Civil Veterinary Dept. Bombay admin report 1893-99 - 1893-1899
Year: 1893
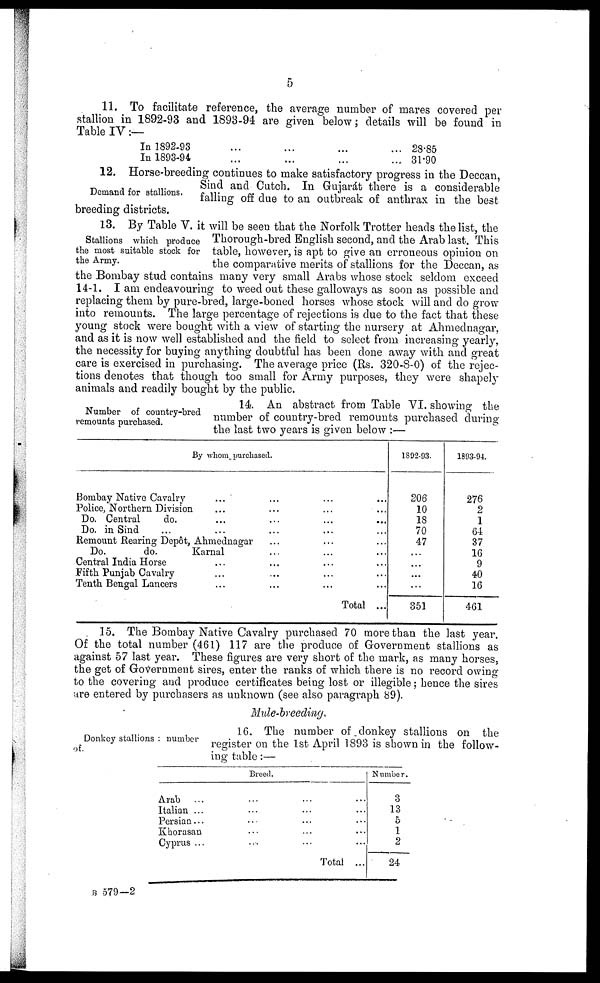
5
11. To facilitate reference, the average number of mares covered per
stallion in 1892-93 and 1893-94 are given below; details will be found in
Table IV:—
In 1892-93
...
...
...
...
In 1893-94
...
...
...
...
28.85
31.90
Demand for stallions.
12. Horse-breeding continues to make satisfactory progress in the Deccan,
Sind and Cutch. In Gujarát there is a considerable
falling off due to an outbreak of anthrax in the best
breeding districts.
Stallions which produce
the most suitable stock for
the Army.
13. By Table V. it will be seen that the Norfolk Trotter heads the list, the
Thorough-bred English second, and the Arab last. This
table, however, is apt to give an erroneous opinion on
the comparative merits of stallions for the Deccan, as
the Bombay stud contains many very small Arabs whose stock seldom exceed
14-1. I am endeavouring to weed out these galloways as soon as possible and
replacing them by pure-bred, large-boned horses whose stock will and do grow
into remounts. The large percentage of rejections is due to the fact that these
young stock were bought with a view of starting the nursery at Ahmednagar,
and as it is now well established and the field to select from increasing yearly,
the necessity for buying anything doubtful has been done away with and great
care is exercised in purchasing. The average price (Rs. 320-8-0) of the rejec-
tions denotes that though too small for Army purposes, they were shapely
animals and readily bought by the public.
Number of country-bred
remounts purchased.
14 An abstract from Table VI. showing the
number of country-bred remounts purchased during
the last two years is given below:—
By whom purchased.
Bombay Native Cavalry ... ... ... ...
Police, Northern Division ... ... ... ...
Do. Central
do. ... ... ... ...
Do. in Sind ... ... ... ... ...
Remount Rearing Depot, Ahmednagar ... ... ...
Do.
do.
Karnal ... ... ...
Central India Horse ... ... ... ...
Fifth Punjab Cavalry ... ... ... ...
Tenth Bengal Lancers ... ... ... ...
Total ...
1392-93.
206
10
18
70
47
...
...
...
...
351
1893-94.
276
2
1
64
37
16
9
40
16
461
15. The Bombay Native Cavalry purchased 70 more than the last year.
Of the total number (461) 117 are the produce of Government stallions as
against 57 last year. These figures are very short of the mark, as many horses,
the get of Government sires, enter the ranks of which there is no record owing
to the covering and produce certificates being lost or illegible; hence the sires
are entered by purchasers as unknown (see also paragraph 89).
Mule-breeding.
Donkey stallions: number
of.
16. The number of donkey stallions on the
register on the 1st April 1893 is shown in the follow-
ing table:—
Breed.
Arab ... ... ... ...
Italian ... ... ... ...
Persian... ... ... ...
Khorasan ... ... ...
Cyprus ... ... ... ...
Total ...
Number.
3
13
5
1
2
24
B 579—2